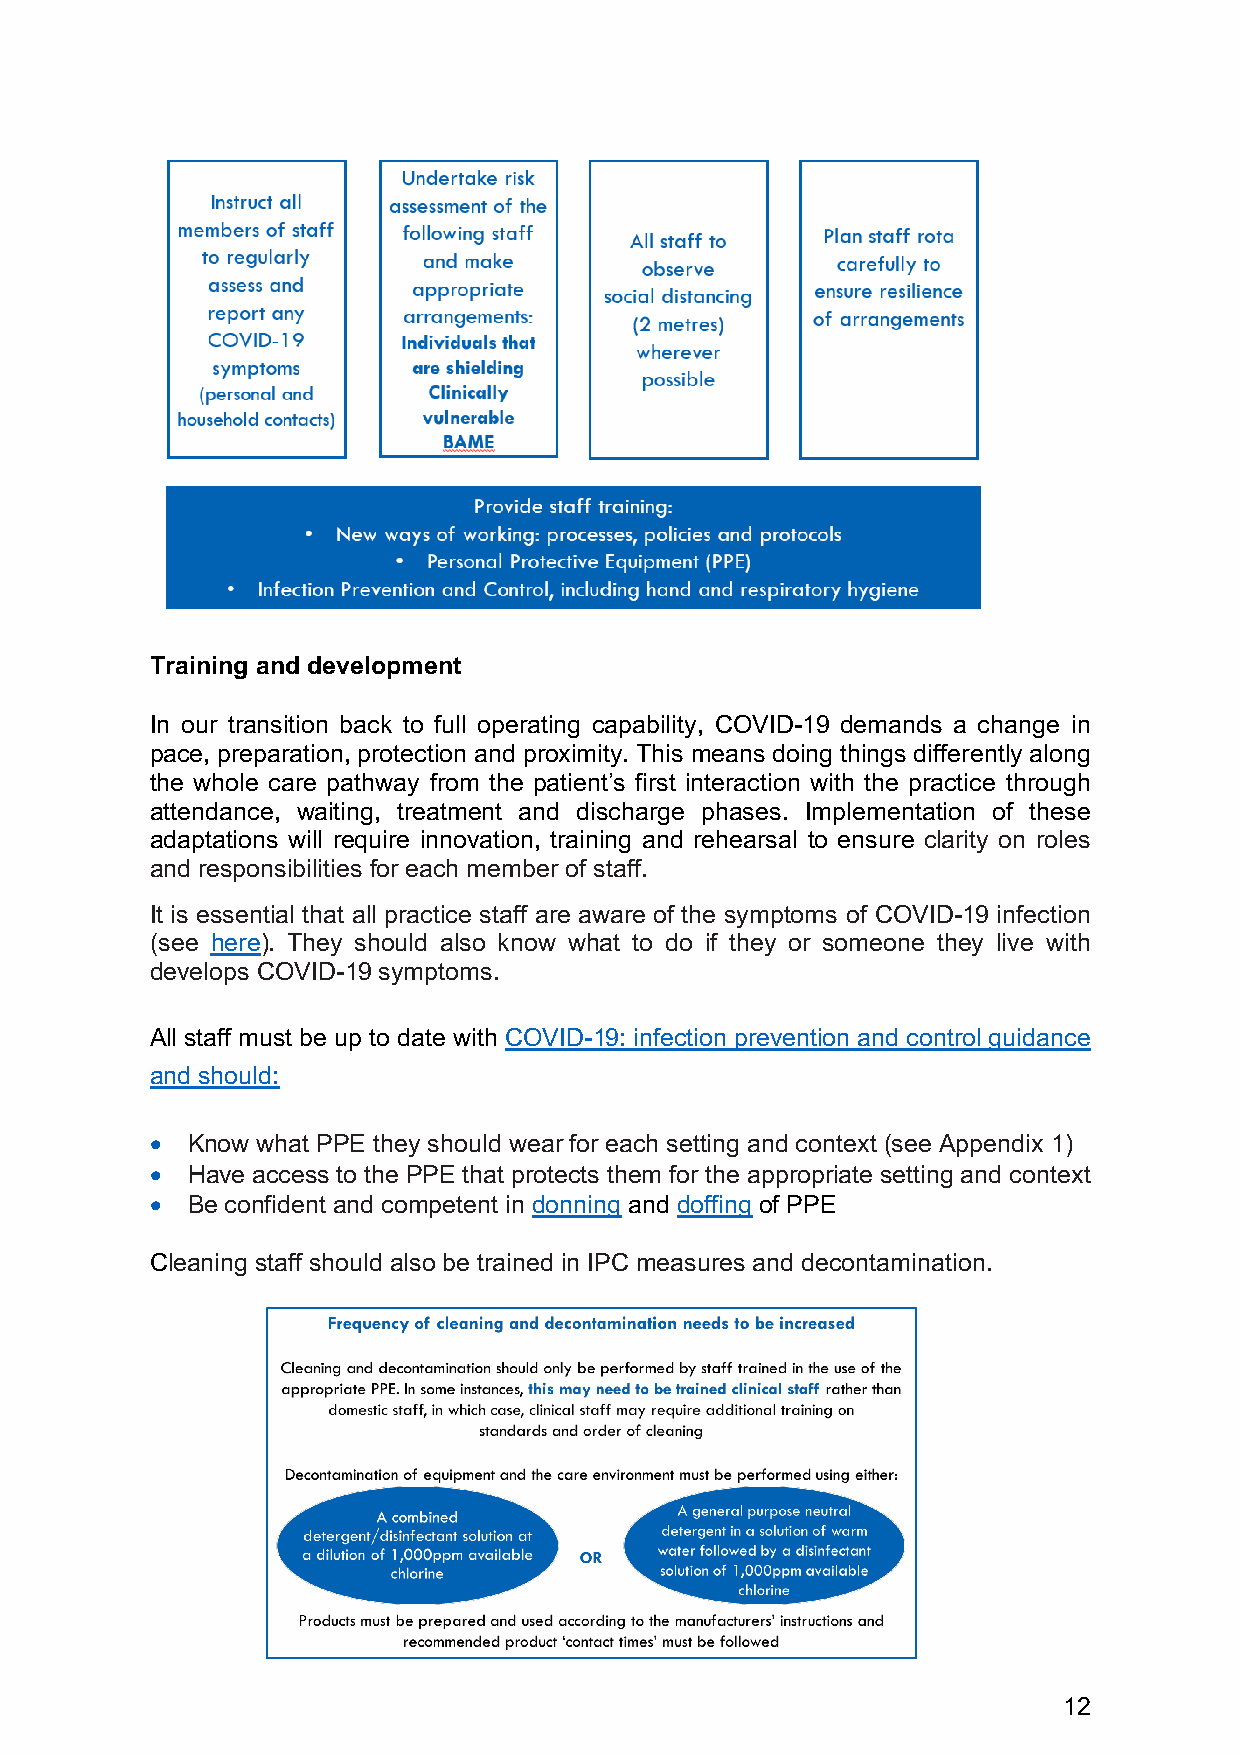
Training and development
 In our transition back to full operating capability, COVID-19 demands a change in
 pace, preparation, protection and proximity. This means doing things differently along
 the whole care pathway from the patient’s first interaction with the practice through
 attendance, waiting, treatment and discharge phases. Implementation of these
 adaptations will require innovation, training and rehearsal to ensure clarity on roles
 and responsibilities for each member of staff.
 It is essential that all practice staff are aware of the symptoms of COVID-19 infection
 (see here). They should also know what to do if they or someone they live with
 develops COVID-19 symptoms.
 All staff must be up to date with COVID-19: infection prevention and control guidance
 and should:
 • Know what PPE they should wear for each setting and context (see Appendix 1)
 • Have access to the PPE that protects them for the appropriate setting and context
 • Be confident and competent in donning and doffing of PPE
 Cleaning staff should also be trained in IPC measures and decontamination.
 12